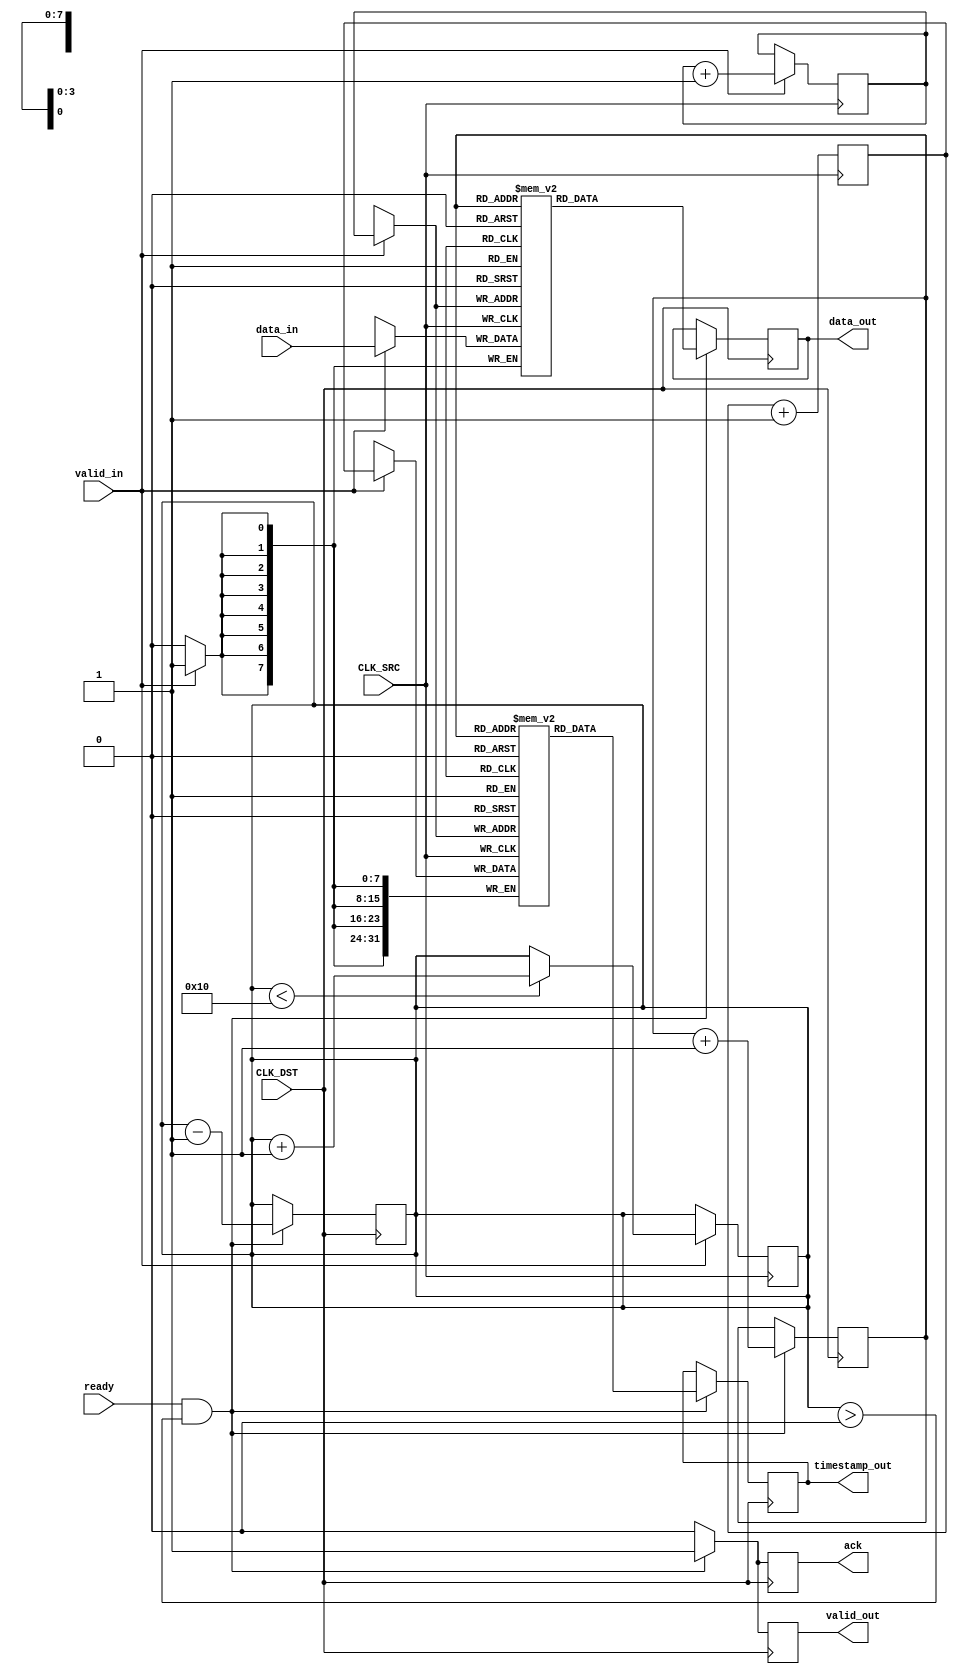
module TimeStampedSynchronizer #(
    parameter DATA_WIDTH = 8,
    parameter FIFO_DEPTH = 16
)(
    input wire CLK_SRC,              // Source clock
    input wire CLK_DST,              // Destination clock
    input wire [DATA_WIDTH-1:0] data_in, // Data input from source clock domain
    input wire valid_in,             // Valid signal for data input
    output reg [DATA_WIDTH-1:0] data_out, // Data output to destination clock domain
    output reg [31:0] timestamp_out, // Timestamp output
    output reg valid_out,            // Valid signal for data output
    input wire ready,                // Ready signal from destination clock domain
    output reg ack                   // Acknowledgment signal to source clock domain
);

    // FIFO buffer
    reg [DATA_WIDTH-1:0] fifo_data[FIFO_DEPTH-1:0];
    reg [31:0] fifo_timestamp[FIFO_DEPTH-1:0];
    reg [3:0] write_ptr = 0;
    reg [3:0] read_ptr = 0;
    reg [3:0] fifo_count = 0;

    // Timestamp counter
    reg [31:0] timestamp_counter = 0;

    // Synchronization of valid signal
    reg valid_in_sync1, valid_in_sync2;

    // Write data and timestamp into FIFO
    always @(posedge CLK_SRC) begin
        if (valid_in) begin
            fifo_data[write_ptr] <= data_in;
            fifo_timestamp[write_ptr] <= timestamp_counter;
            write_ptr <= write_ptr + 1;
            if (fifo_count < FIFO_DEPTH) begin
                fifo_count <= fifo_count + 1;
            end
        end
        timestamp_counter <= timestamp_counter + 1;
    end

    // Read data and timestamp from FIFO
    always @(posedge CLK_DST) begin
        // Synchronize valid signal from source clock domain
        valid_in_sync1 <= valid_in;
        valid_in_sync2 <= valid_in_sync1;

        if (ready && (fifo_count > 0)) begin
            data_out <= fifo_data[read_ptr];
            timestamp_out <= fifo_timestamp[read_ptr];
            valid_out <= 1'b1;
            read_ptr <= read_ptr + 1;
            fifo_count <= fifo_count - 1;
            ack <= 1'b1; // Send acknowledgment
        end else begin
            valid_out <= 1'b0;
            ack <= 1'b0; // Clear acknowledgment
        end
    end

endmodule